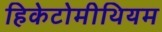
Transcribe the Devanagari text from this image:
हिकेटोमीथियम